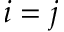
i = j